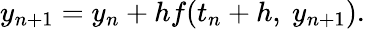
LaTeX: y_{n+1}=y_{n}+hf(t_{n}+h,\ y_{n+1}).